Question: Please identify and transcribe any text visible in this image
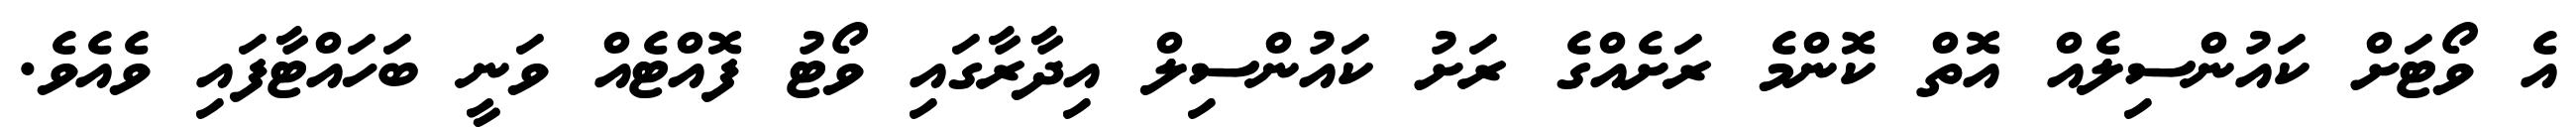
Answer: އެ ވޯޓަށް ކައުންސިލެއް އޮތް ކޮންމެ ރަށެއްގެ ރަށު ކައުންސިލް އިދާރާގައި ވޯޓު ފޮއްޓެއް ވަނީ ބަހައްޓާފައި ވެއެވެ.